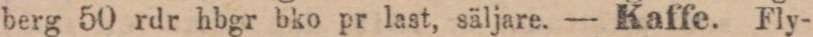
berg 50 rdr hbgr bko pr last, säljare. — Kaffe. Fly-